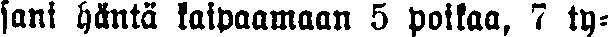
sani häntä kaipaamaan 5 poikaa, 7 ty-